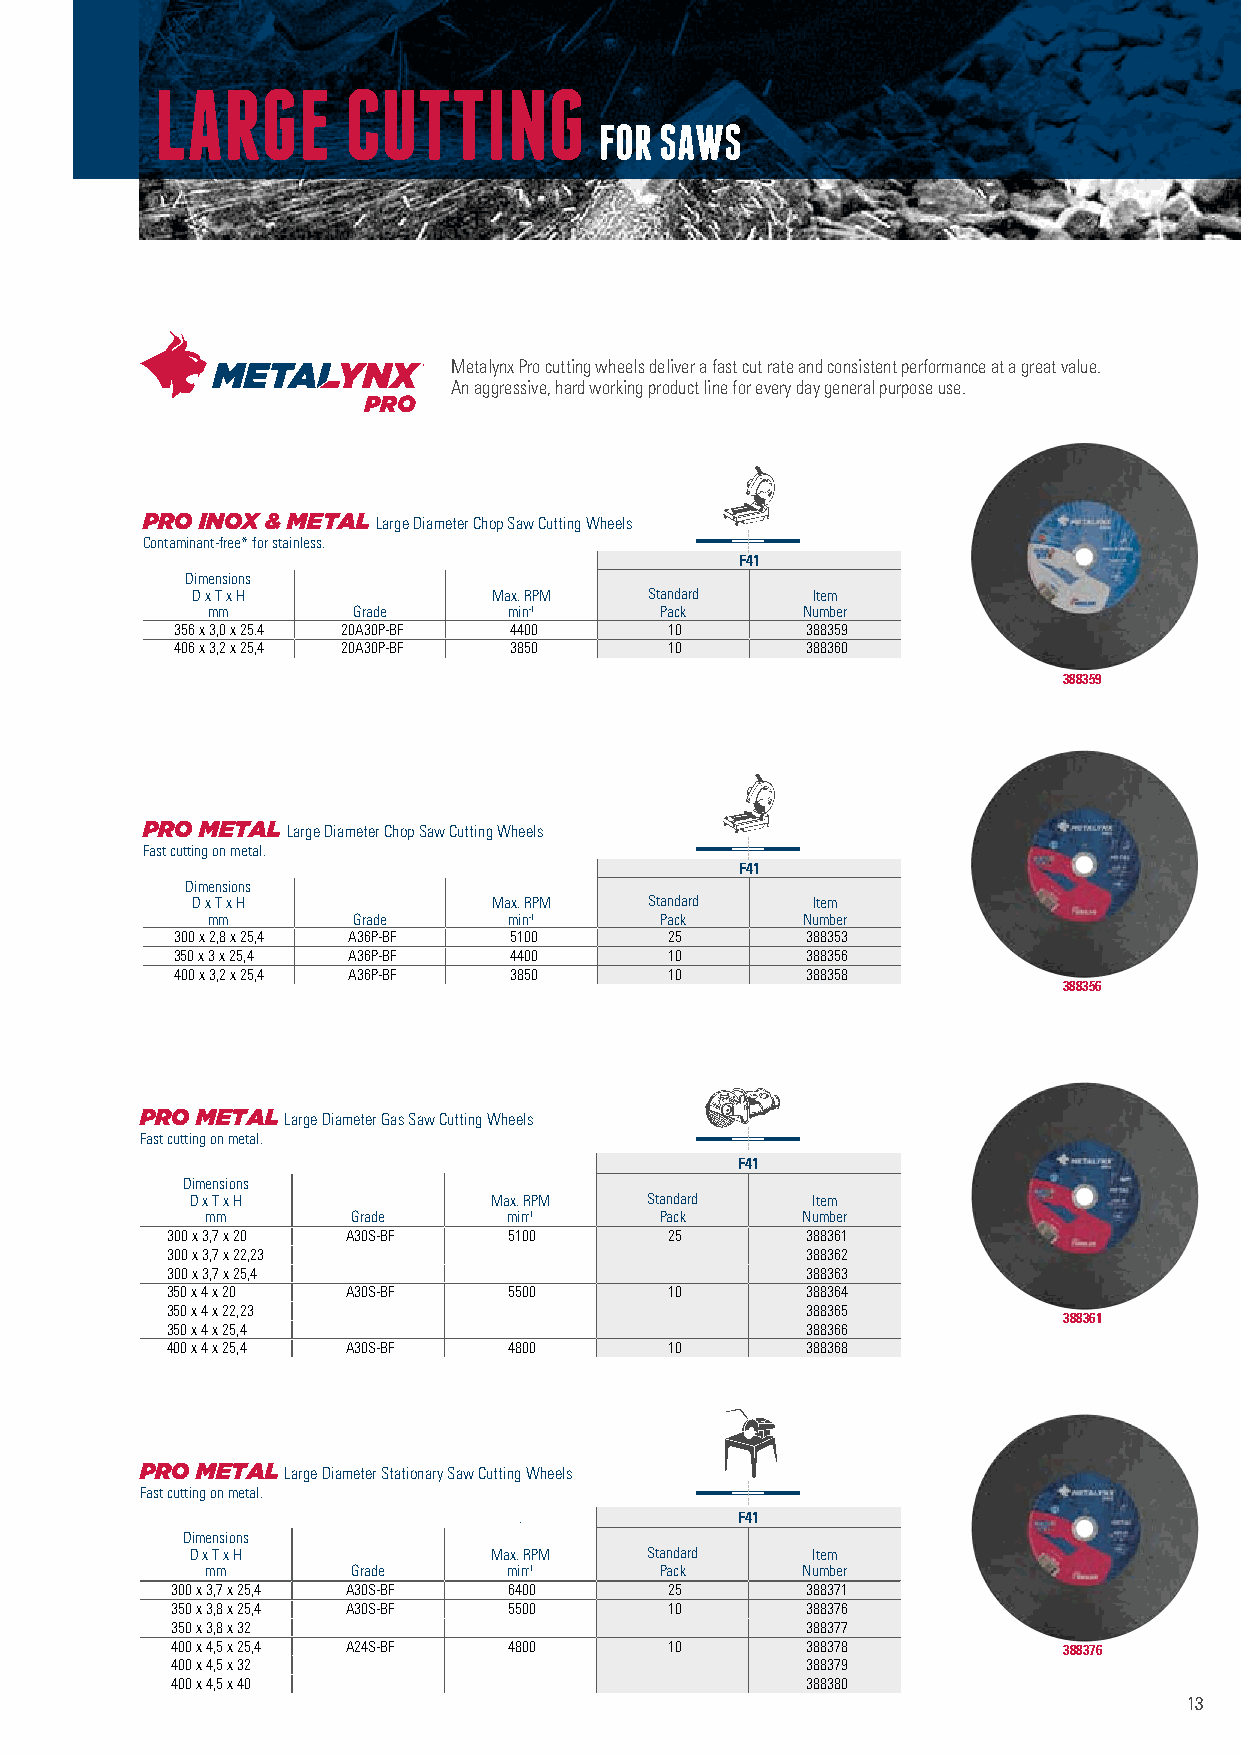
LARGE        CUTTING
 FOR SAWS
 Metalynx Pro cutting wheels deliver a fast cut rate and consistent performance at a great value.
 An aggressive, hard working product line for every day general purpose use.
 PRO INOX & METAL Large Diameter Chop Saw Cutting Wheels
 Contaminant-free* for stainless.
 F41
 Dimensions
 D x T x H           Max. RPM  Standard   Item
 mm       Grade      min-1     Pack     Number
 356 x 3,0 x 25.4 20A30P-BF 4400 10       388359
 406 x 3,2 x 25,4 20A30P-BF 3850 10       388360
 388359
 PRO METAL Large Diameter Chop Saw Cutting Wheels
 Fast cutting on metal.
 F41
 Dimensions
 D x T x H           Max. RPM  Standard   Item
 mm       Grade      min-1     Pack     Number
 300 x 2,8 x 25,4 A36P-BF 5100   25       388353
 350 x 3 x 25,4 A36P-BF 4400     10       388356
 400 x 3,2 x 25,4 A36P-BF 3850   10       388358
 388356
 PRO METAL Large Diameter Gas Saw Cutting Wheels
 Fast cutting on metal.
 F41
 Dimensions
 D x T x H          Max. RPM   Standard   Item
 mm       Grade      min-1     Pack     Number
 300 x 3,7 x 20 A30S-BF 5100      25       388361
 300 x 3,7 x 22,23                         388362
 300 x 3,7 x 25,4                          388363
 350 x 4 x 20 A30S-BF   5500      10       388364
 350 x 4 x 22,23                           388365
 388361
 350 x 4 x 25,4                            388366
 400 x 4 x 25,4 A30S-BF 4800      10       388368
 PRO METAL Large Diameter Stationary Saw Cutting Wheels
 Fast cutting on metal.
 .              F41
 Dimensions
 D x T x H          Max. RPM   Standard   Item
 mm       Grade      min-1     Pack     Number
 300 x 3,7 x 25,4 A30S-BF 6400    25       388371
 350 x 3,8 x 25,4 A30S-BF 5500    10       388376
 350 x 3,8 x 32                            388377
 400 x 4,5 x 25,4 A24S-BF 4800    10       388378           388376
 400 x 4,5 x 32                            388379
 400 x 4,5 x 40                            388380
 13